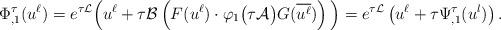
LaTeX: \begin{align*} \Phi_{,1}^\tau({u^\ell}) = e^{\tau \mathcal{L}} \Big( u^\ell + \tau \mathcal{B} \left( F(u^\ell) \cdot \varphi_1\big(\tau \mathcal{A}\big)G(\overline {u^\ell})\right)\Big)= e^{\tau \mathcal{L}} \left( u^\ell + \tau \Psi^\tau_{, 1}(u^l)\right). \end{align*}